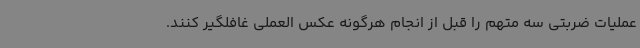
عملیات ضربتی سه متهم را قبل از انجام هرگونه عکس العملی غافلگیر کنند.